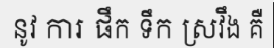
នូវ ការ ផឹក ទឹក ស្រវឹង គឺ